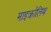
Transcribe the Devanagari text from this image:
माइक्रोलिथ